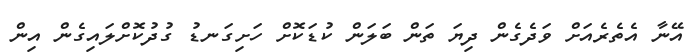
އޭނާ އެތެރެއަށް ވަދެގެން ދިޔަ ތަން ބަލަން ކުޑަކޮށް ހަށިގަނޑު ގުދުކޮށްލައިގެން އިން